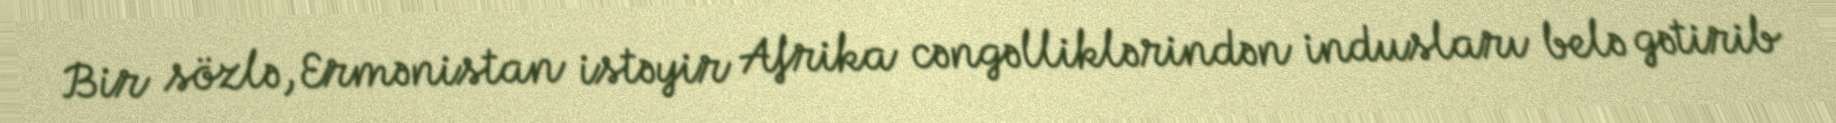
Bir sözlə, Ermənistan istəyir Afrika cəngəlliklərindən indusları belə gətirib